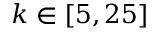
k \in [ 5 , 2 5 ]